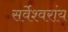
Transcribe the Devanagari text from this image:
सर्वेश्वरांय